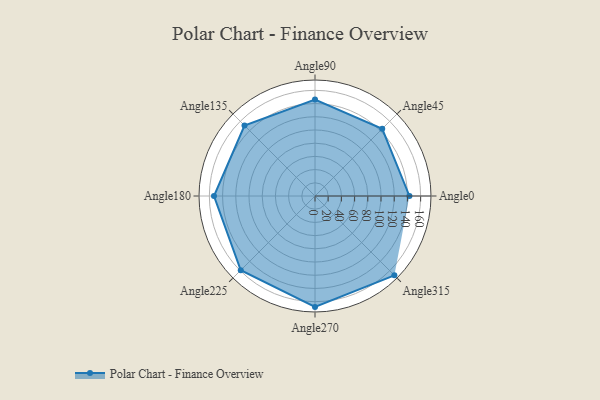
{"axis": {"x": "Angle", "y": "Radius"}, "legend": [""], "data": [{"x": "Angle0", "y": 143.0, "type": ""}, {"x": "Angle45", "y": 144.0, "type": ""}, {"x": "Angle90", "y": 146.0, "type": ""}, {"x": "Angle135", "y": 151.0, "type": ""}, {"x": "Angle180", "y": 153.0, "type": ""}, {"x": "Angle225", "y": 159.0, "type": ""}, {"x": "Angle270", "y": 168.0, "type": ""}, {"x": "Angle315", "y": 170, "type": ""}]}